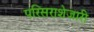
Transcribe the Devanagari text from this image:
परिसराशेजारी